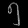
Digit: ၅